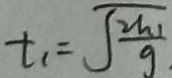
t _ { 1 } = \sqrt { \frac { 2 h _ { 1 } } { g } }